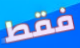
فقط